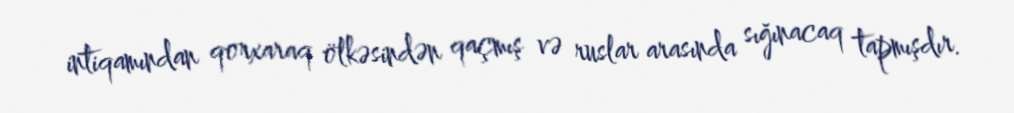
intiqamından qorxaraq ölkəsindən qaçmış və ruslar arasında sığınacaq tapmışdır.